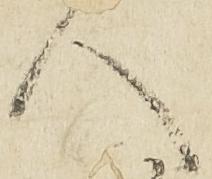
人